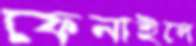
ফেনাইলে